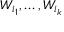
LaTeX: W _ { i _ { 1 } } , \dots , W _ { i _ { k } }